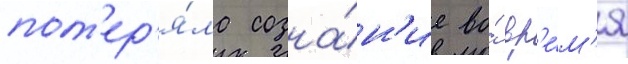
пот'ер'я́ла созна́н'ие во́ вр'е́м'я